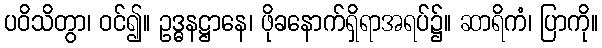
ပဝိသိတွာ၊ ဝင်၍။ ဥဒ္ဓနဋ္ဌာနေ၊ ဖိုခနောက်ရှိရာအရပ်၌။ ဆာရိကံ၊ ပြာကို။